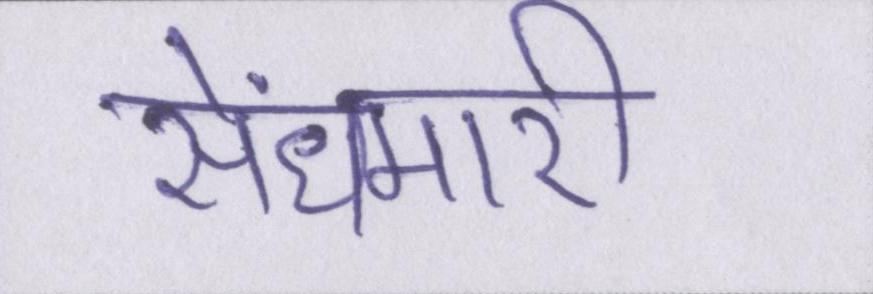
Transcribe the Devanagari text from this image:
सेंधमारी